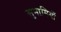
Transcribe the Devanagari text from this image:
सुनामियों